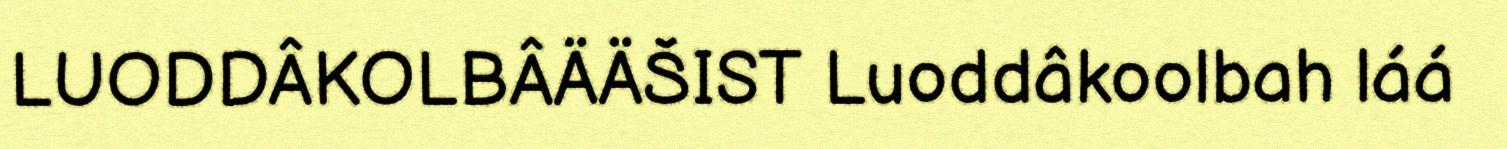
LUODDÂKOLBÂÄÄŠIST Luoddâkoolbah láá